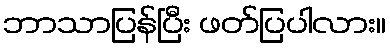
ဘာသာပြန်ပြီး ဖတ်ပြပါလား။